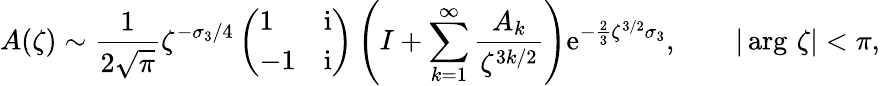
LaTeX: A(\zeta)\sim\frac{1}{2\sqrt{\pi}}\zeta^{-\sigma_{3}/4}\left(\begin{array}{ll}{1}&{\mathrm{i}}\\ {-1}&{\mathrm{i}}\end{array}\right)\left(I+\sum_{k=1}^{\infty}\frac{A_{k}}{\zeta^{3k/2}}\right)\mathrm{e}^{-\frac{2}{3}\zeta^{3/2}\sigma_{3}},\qquad|\arg\, \zeta|<\pi,